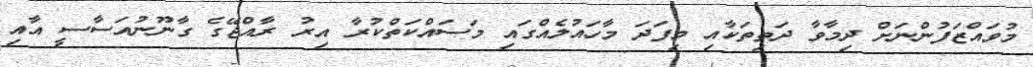
މުވައްޒަފުންނަށް ދިމާވާ ދަތިތަކާއި މިފަދަ މާހައުލެއްގައި މަސައްކަތްކުރާ އިރު ރާއްޖޭގެ ގާނޫނުއަސާސީ އާއި